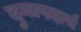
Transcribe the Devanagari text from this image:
दुग्धपदार्थ